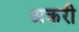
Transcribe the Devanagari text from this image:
अकरी